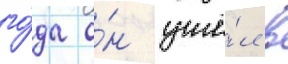
го́да о́н ушё́л в